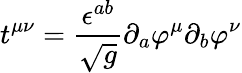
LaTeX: t^{\mu\nu}=\frac{\epsilon^{ab}}{\sqrt g}\partial_{a}\varphi^{\mu}\partial_{b}\varphi^{\nu}